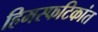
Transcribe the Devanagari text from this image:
हिमस्फटिकांत